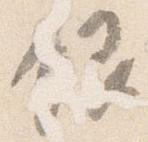
銀